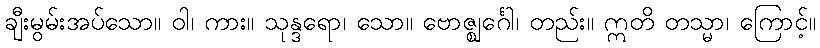
ချီးမွမ်းအပ်သော။ ဝါ၊ ကား။ သုန္ဒရော၊ သော။ ဗောဇ္ဈင်္ဂေါ၊ တည်း။ ဣတိ တသ္မာ၊ ကြောင့်။